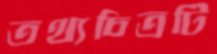
তথ্যচিত্রটি